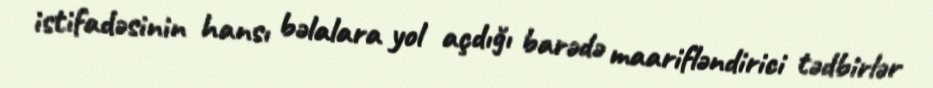
istifadəsinin hansı bəlalara yol açdığı barədə maarifləndirici tədbirlər